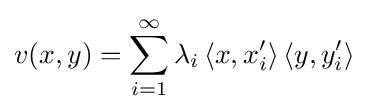
v(x,y)=\sum _{i=1}^{\infty }\lambda _{i}\left\langle x,x_{i}^{\prime }\right\rangle \left\langle y,y_{i}^{\prime }\right\rangle